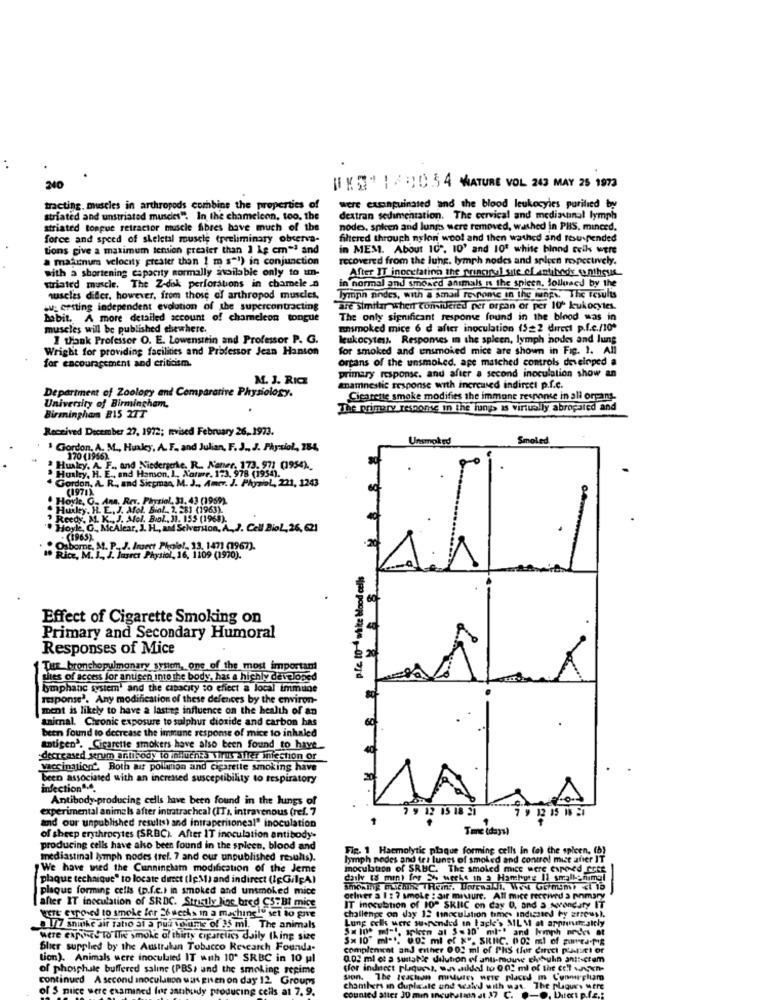
. .
240
WKS" 1/10:34 MATURE VOL 243 MAY 25 1973
tracting, muscles in arthropods combine the properties of
were exsanguinated and the blood leukocytes purified by
striated and unstriated muscles". In the chameleon, too, the
dextran sedimentation. The cervical and mediacanal lymph
striated tongue retractor muscle fibres have much of the
nodes, spleen and lungs were removed, washed in PHS, minced.
force and speed of skeletal muscle (preliminary observa-
filtered through nylon wool and then wathed and tesuspended
tions give a maximum tension preaier than 1 kg cm-ª and
in MEM. About 10". 10' and 1Of white binnd celk were
a maxinum velocity greater than 1 m s"1) in conjunction
recovered from the lung. lymph nodes and spigen respectively.
with a shortening capacity normally available only to un-
in normal and smoked animals is the spicen, Sollused by the
After IT inocctation the principal site of antibody contheus
striated muscle. The Z-dok perforations in chamele a
muscles difler, however, from those of arthropod muscles.
lyman andes, with a small re nome in the inps. The results
.u: ersting independent evolution of the supercontracting
are similar when considered per organ of per 100 leukocytes.
habit. A more detailed account of chameleon tongue
The only significant response found in the binod was in
muscles will be published chewhere.
ansmoked mice 6 d after inoculation (522 direct p.f.c./10º
I thank Professor O. E. Lowenstein and Professor P. G.
leukocytes. Responses in the spleen, lymph nodes and lung
Wright for providing facilities and Professor Jean Hanson
for smoked and unsmoked mice are shown in Fig. 1. All
for encouragement and criticism.
Organs of the unsmoked, ape matched controls deveinped a
M. J. RIC
primary response. and after a second inoculation show an
Department of Zoology and Comparative Physiology.
mnamnestie response with increased indircet p.f.c.
Cigarette smoke modifies the immune response in ali organs.
University of Birmingham,
The primary response in the lungs is virtually abrogaled and
Birmingham BIS TTT
Received December 27, 1972; nvised February 26, 1973.
Unsmoked
Smoled
1 Gordon. A. M ., Huxley, A. F. and Julian, F. J ., J. Physiol, 284,
170 (1966).
Husky, H. E ., and Hamson. ), Nature. 173. 978 (1954).
Huxley. A. F ., and Niederserte. R .. Kaner. 173. 971 (1954).
Gordon, A. R ., and Siccman, M. J ., Amer. J. Physiol, 221, 1243
(1971)
Hoyle, O ., Ana. Rev. Physiol, 31. 43 (1959).
Huxley. H. E. J. Afol. Biol .. 2. 281 (1963).
Reedy. M. K ., J. Mfel. Bool ., J1. 155 (1968).
Hoyle, G ., MeAlear, J. H ., and Selversion, A ., 2. Cell Biol, 26, 621
Osborne, M. P.
(1965) . p.J. Insert Phole !. 13, 1471 (1967).
Rice, M. J ., J. Jagres Physiol, 16, 1109 (1970).
p.fe. to-4 white blood cells
Effect of Cigarette Smoking on
Primary and Secondary Humoral
Responses of Mice
Tur bronchopulmonary system, one of the most importam
sites of access for antigen into the body, has a highly developed
bymphane system' and the capacity to effect a local immune
response'. Any modification of these defences by the environ-
ment is likely to have a lasting influence on the health of an
animal. Chronic exposure to sulphur dioxide and carbon has
been found to decrease the immune response of mice to inhaled
antigen'. Cigarette smokers have also been found_to have
decreased serum antibody to chuches Wirth Iller infection or
vaccination'. Both air pollution and cigarette smoking have
been associated with an increased susceptibility to respiratory
infection4.4.
Antibody producing cells have been found in the lungs of
experimental animals after intratracheal (IT), intravenous (ref. 7
15 18 21
7 9 12 15 18 51
and our unpublished results) and intraperitoneal" inoculation
Tmc (days)
of sheep erythrocytes (SRBC) After IT inoculation antibody-
producing cells have also been found in the spleen, blood and
Fig. 1 Haemolytic plaque forming cells in fel the spleen, (b)
mediastinal lymph nodes tref. 7 and our unpublished results).
lymph nodes and (et lunes of smoked and control mise aner IT
We have used the Cunningham modification of the Jeme
Inoculation of SRBC. The smoked mice were exposed Itte
plaque technique" to locate diftet (lgM) and indirect (lgG/lpA)
daily [8 min) for 3% weeks in a Hamburg Il smallanimal
plaque forming cells (p.f.c.) in smoked and unsmoked mice
after IT inoculation of SRDC. Strictly loc bred CS:BI mice
deliver a I : 7 smoke : air mixture. All mice received a phmary
wert exposed to smoke for 26 weeks in a maching lu set to gore
IT Inocubton of 10ª SKIIC on day D, and a soonduty IT
challenge on day 12 tinoculation times indicated by arrowsl.
Lung cells were suspended in taple's ML M of arpinacalcly
a 1/7 snike air ratio al a put volume of 35 ml. The animals
Were expinet to the smoke of thirty cigarclics daily (king size
Sx 10" ml -*. 0.05 ml ef x", SRIC. 002 ml of purea.p's
Slier supplied by the Australan Tobacco Research Founda-
complement and either 002 ml of PhS tfor Corect p'tit or
tion). Animals were inoculated IT with 10' SRBC in 10 pl
0.03 ml et s sustable dilution of anti-mouse chybulin anti-crem
of phosphate buffered saline (PBS, and the smoking regime
(for indnect plaquess, was added to 0.0! ml of the col saken-
continued A second anoculanon uans given on day 12 Groups
sion. The Icachon minutes were placed _m Connuplum
of S mice were examined for sanbudy producing cells at 7, 9.
chambers in duplicate and weald with wat. The plaques were
counted atter 30 min Incutulan Jt 37 C.
. Duces p.fe .: